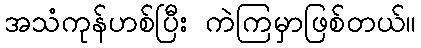
အသံကုန်ဟစ်ပြီး ကဲကြမှာဖြစ်တယ်။